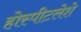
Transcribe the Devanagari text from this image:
होस्पीटलेशे